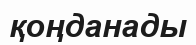
қоңданады